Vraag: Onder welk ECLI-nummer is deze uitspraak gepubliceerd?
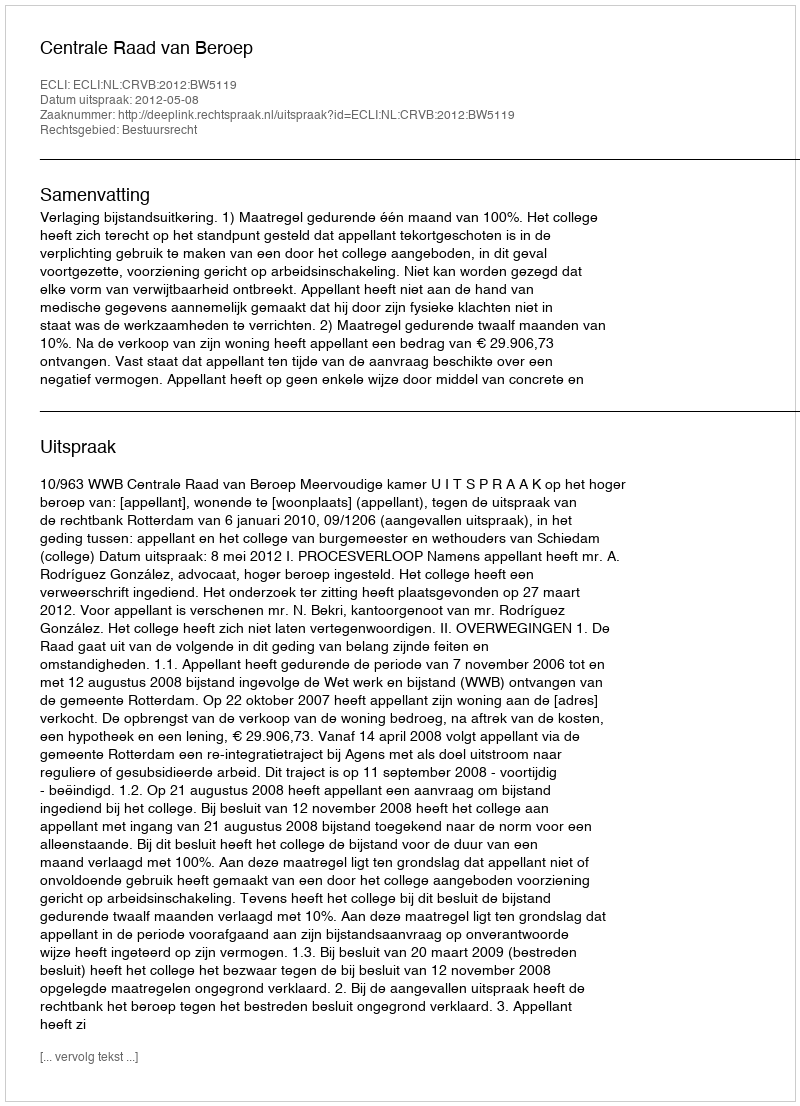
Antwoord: ECLI:NL:CRVB:2012:BW5119